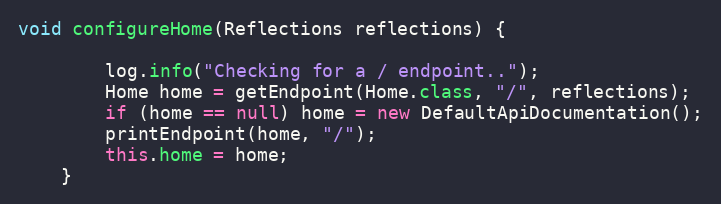
Language: Java
void configureHome(Reflections reflections) {

        log.info("Checking for a / endpoint..");
        Home home = getEndpoint(Home.class, "/", reflections);
        if (home == null) home = new DefaultApiDocumentation();
        printEndpoint(home, "/");
        this.home = home;
    }